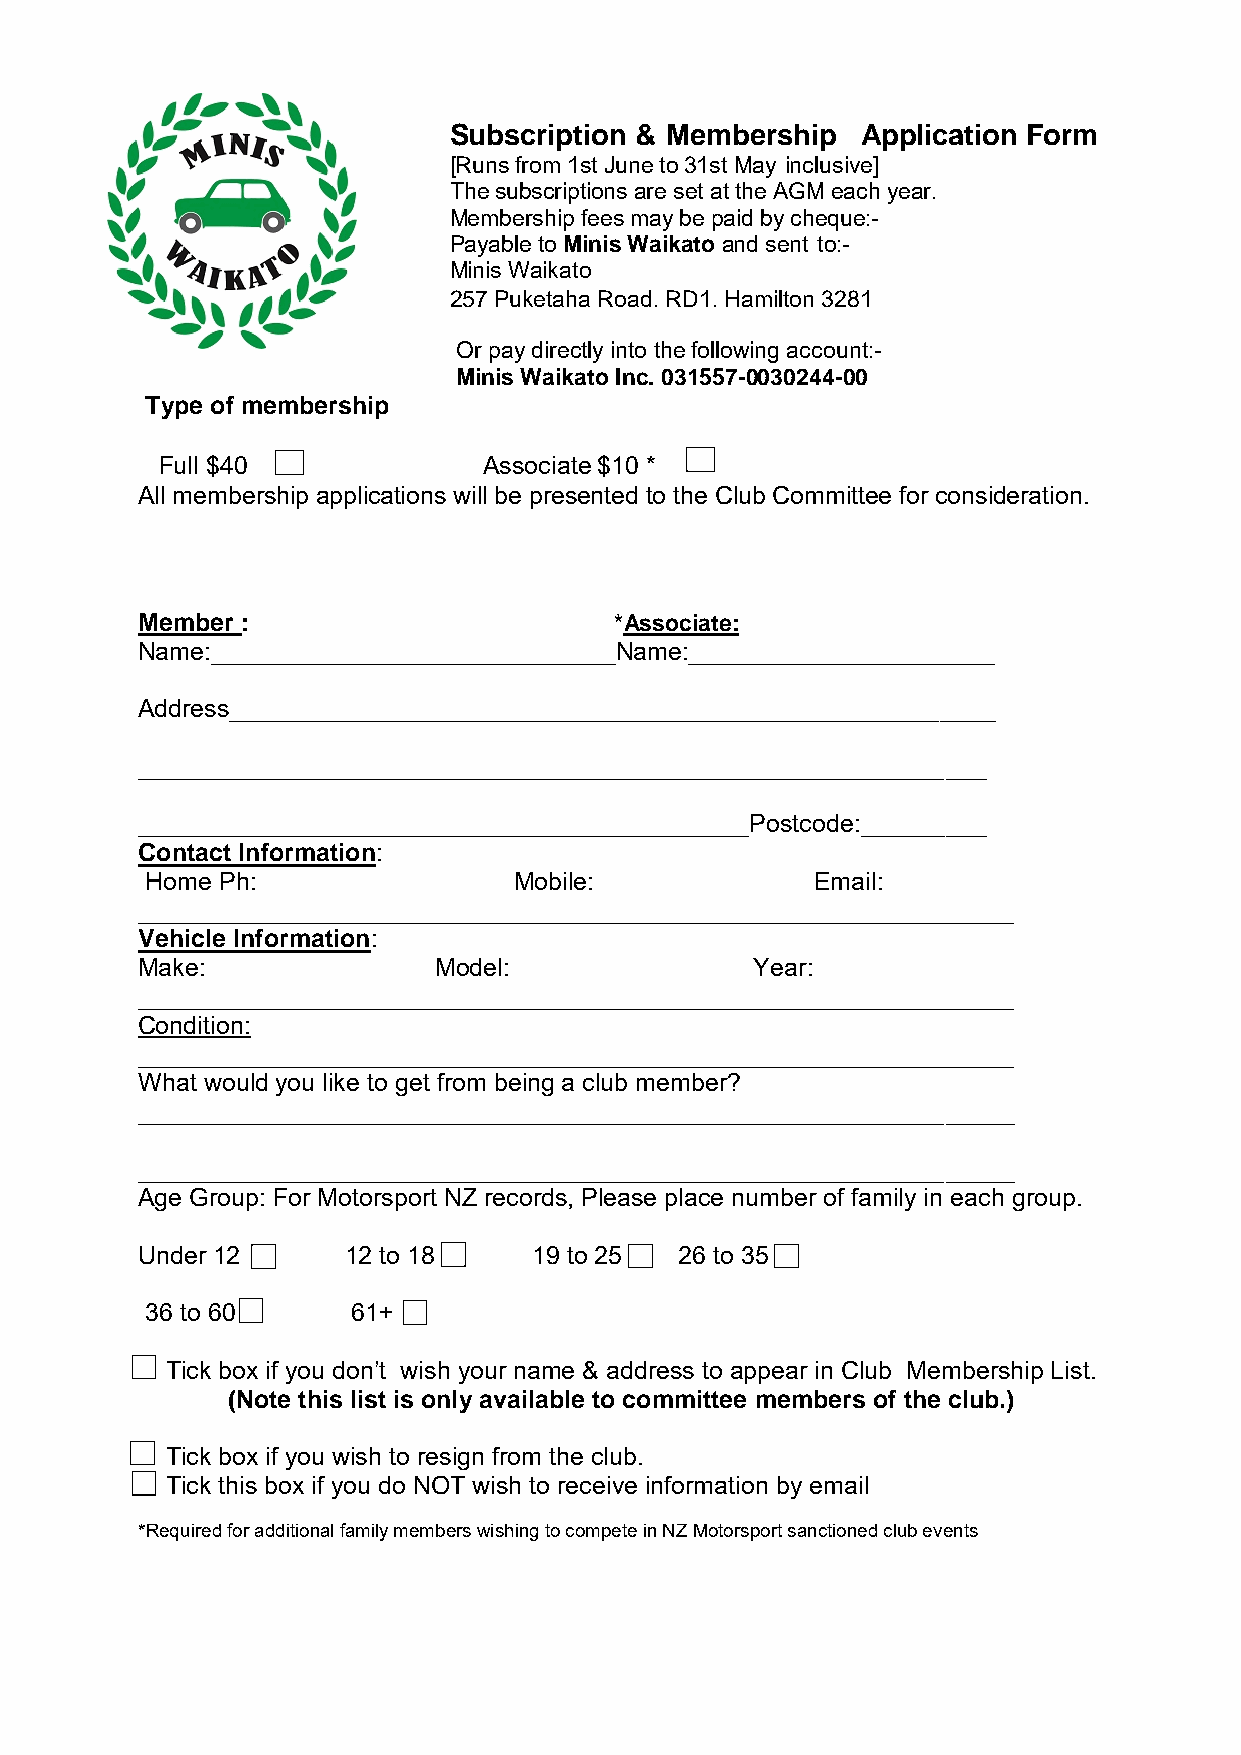
Subscription & Membership  Application Form
 [Runs from 1st June to 31st May inclusive]
 The subscrip tions ar e set at the AG M each year.
 Membership fees may be paid by cheque:-
 Payable to Minis Waikato and sent to:-
 Minis Waikato
 257 Puketaha Road. RD1. Hamilton 3281
 Or pay directly into the following account:-
 Minis Waikato Inc. 031557-0030244-00
 Type of membership
 Full $40             Associate $10 *
 All membership applications will be presented to the Club Committee for consideration.
 Member :                        *Associate:
 Name:_____________________________Name:______________________
 Address_______________________________________________________
 _____________________________________________________________
 ____________________________________________Postcode:_________
 Contact Information:
 Home Ph:                Mobile:             Email:
 _______________________________________________________________
 Vehicle Information:
 Make:               Model:               Year:
 _______________________________________________________________
 Condition:
 _______________________________________________________________
 What would you like to get from being a club member?
 _______________________________________________________________
 _______________________________________________________________
 Age Group: For Motorsport NZ records, Please place number of family in each group.
 Under 12      12 to 18    19 to 25  26 to 35
 36 to 60     61+
 Tick box if you don’t wish your name & address to appear in Club Membership List.
 (Note this list is only available to committee members of the club.)
 Tick box if you wish to resign from the club.
 Tick this box if you do NOT wish to receive information by email
 *Required for additional family members wishing to compete in NZ Motorsport sanctioned club events